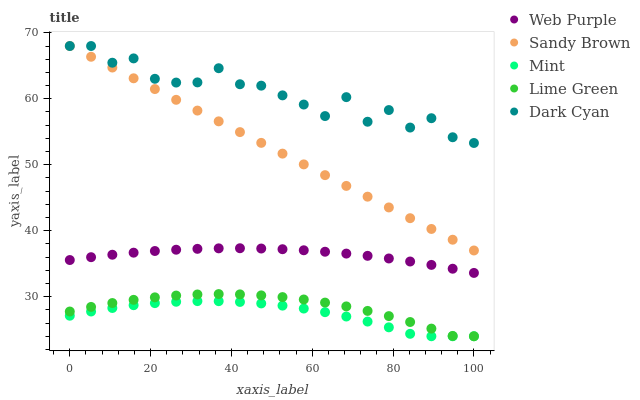
| xaxis_label | Web Purple | Sandy Brown | Mint | Lime Green | Dark Cyan |
 | --- | --- | --- | --- | --- | --- |
 | 0 | 35.6 | 68 | 27.1 | 27.7 | 68 |
 | 5.26 | 36 | 66.4 | 27.8 | 28.4 | 68 |
 | 10.5 | 36.4 | 64.7 | 28.3 | 29 | 65.5 |
 | 15.8 | 36.7 | 63.1 | 28.7 | 29.5 | 66.1 |
 | 21.1 | 36.9 | 61.5 | 29 | 29.9 | 63 |
 | 26.3 | 37.1 | 59.8 | 29.2 | 30.2 | 62.5 |
 | 31.6 | 37.3 | 58.2 | 29.3 | 30.3 | 62.5 |
 | 36.8 | 37.3 | 56.6 | 29.3 | 30.4 | 64.6 |
 | 42.1 | 37.3 | 54.9 | 29.2 | 30.3 | 62.2 |
 | 47.4 | 37.3 | 53.3 | 29 | 30.2 | 62 |
 | 52.6 | 37.2 | 51.7 | 28.6 | 29.9 | 60.5 |
 | 57.9 | 37 | 50.1 | 28.2 | 29.6 | 59.1 |
 | 63.2 | 36.8 | 48.4 | 27.7 | 29.1 | 57.4 |
 | 68.4 | 36.5 | 46.8 | 27 | 28.5 | 60.2 |
 | 73.7 | 36.2 | 45.2 | 26.2 | 27.8 | 56.5 |
 | 78.9 | 35.8 | 43.5 | 25.4 | 27.1 | 58.3 |
 | 84.2 | 35.3 | 41.9 | 24.4 | 26.2 | 55.6 |
 | 89.5 | 34.8 | 40.3 | 24 | 25.2 | 57.1 |
 | 94.7 | 34.2 | 38.6 | 24 | 24.1 | 54.2 |
 | 100 | 33.6 | 37 | 24 | 24 | 53.3 |